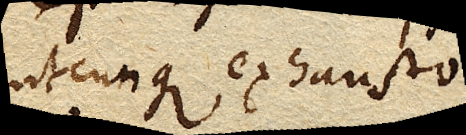
utcunque exhausto.